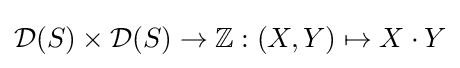
{\mathcal {D}}(S)\times {\mathcal {D}}(S)\rightarrow \mathbb {Z} :(X,Y)\mapsto X\cdot Y